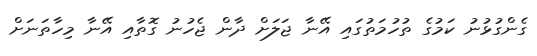
ގެންގުޅުނު ކަމުގެ ތުހުމަތުގައި އޭނާ ޖަލަށް ދާން ޖެހުނު ގޮތާއި އޭނާ މިހާތަނަށް